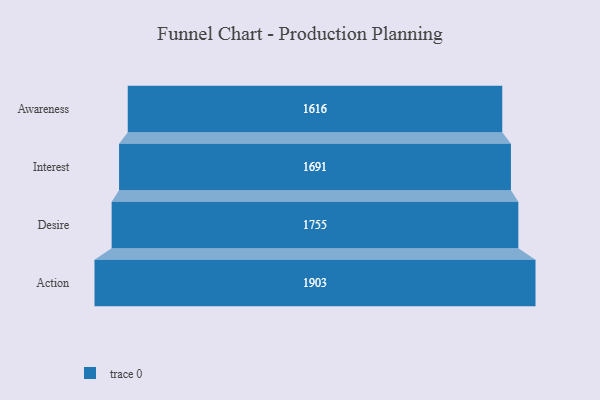
{"axis": {"x": "Stage", "y": "Value"}, "legend": [""], "data": [{"x": "Awareness", "y": 1616.0, "type": ""}, {"x": "Interest", "y": 1691.0, "type": ""}, {"x": "Desire", "y": 1755.0, "type": ""}, {"x": "Action", "y": 1903.0, "type": ""}]}